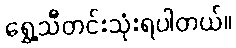
ရွှေ့သီတင်းသုံးရပါတယ်။